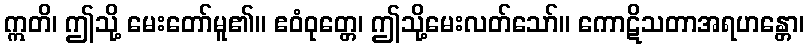
ဣတိ၊ ဤသို့ မေးတော်မူ၏။ ဧဝံဝုတ္တေ၊ ဤသို့မေးလတ်သော်။ ကောဋိသတာအရဟန္တော၊